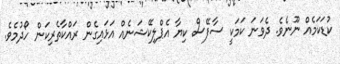
ކުޑަކަމެއް ނޫނެވެ. ދެވަނަ ކަމަކީ ސާފޭސް ކިޔާ އެޕްލިކޭޝަނެއް އަޅައިގެން ރައްކާތެރިކަން ހޯދުމެވެ.